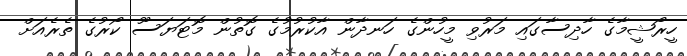
ހީރޯޝީމާގެ ހާދިސާގައި މަރުވި މީހުންގެ ހަނދާން އާކުރުމުގެ ގޮތުން މޮޓަޔަސޫ ކޯރުގެ ތެރެއަށް